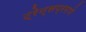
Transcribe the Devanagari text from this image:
ट्रेन्सप्रमाणे